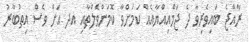
ރާއްޖެ ބައިވެރިވާ ދެ ޖަމްއިއްޔާއެއް ކަމަށްވާ ކޮމަންވެލްތާއި އދ އަށް ވެސް އިތުބާރު